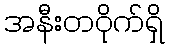
အနီးတဝိုက်ရှိ